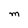
Character: M